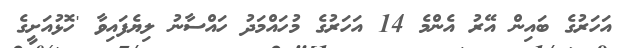
އަހަރުގެ ބައިން އޭރު އެންމެ 14 އަހަރުގެ މުހައްމަދު ހައްސާނު ލިޔެފައިވާ 'ހޮޅުއަށީގެ